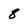
Character: 8